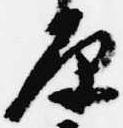
原